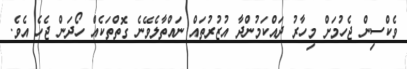
ވެކްސިން ޖެހުމަށް މިހާރު ދައްކަމުންދާ އުޒުރުތައް ނައްތާލެވޭނެ ގޮތްތަކެއް ހޯދަން ޖެހެ އެވެ.